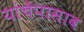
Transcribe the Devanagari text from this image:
यांचेपासाव